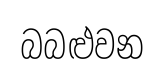
බබළුවන